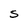
Character: S